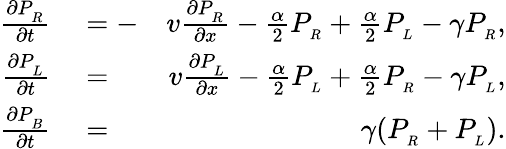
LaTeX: \begin{array}{rlr}{\frac{\partial P_{_R}}{\partial t}}&{{}=-}&{v\frac{\partial P_{_R}}{\partial x}-\frac{\alpha}{2}P_{_R}+\frac{\alpha}{2}P_{_L}-\gamma P_{_R},}\\ {\frac{\partial P_{_L}}{\partial t}}&{{}=}&{v\frac{\partial P_{_L}}{\partial x}-\frac{\alpha}{2}P_{_L}+\frac{\alpha}{2}P_{_R}-\gamma P_{_L},}\\ {\frac{\partial P_{_B}}{\partial t}}&{{}=}&{\gamma(P_{_R}+P_{_L}).}\end{array}